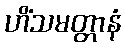
ဟိံသမတ္တာနံ